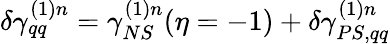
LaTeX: \delta\gamma_{qq}^{(1)n}=\gamma_{NS}^{(1)n}(\eta=-1)+\delta\gamma_{PS,qq}^{(1)n}